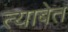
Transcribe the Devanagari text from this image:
त्याबेत